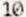
10